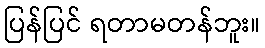
ပြန်ပြင် ရတာမတန်ဘူး။